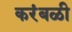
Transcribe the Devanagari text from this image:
करंबळी